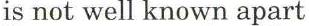
is not well known apart